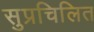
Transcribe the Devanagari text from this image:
सुप्रचिलित